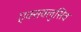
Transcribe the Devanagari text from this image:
एक्सक्लुसिव